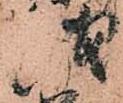
儀